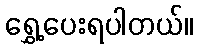
ရွှေ့ပေးရပါတယ်။